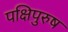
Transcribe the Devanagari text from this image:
पक्षिपुरुष